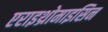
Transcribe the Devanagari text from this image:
एराइथ्रोमाइसिन